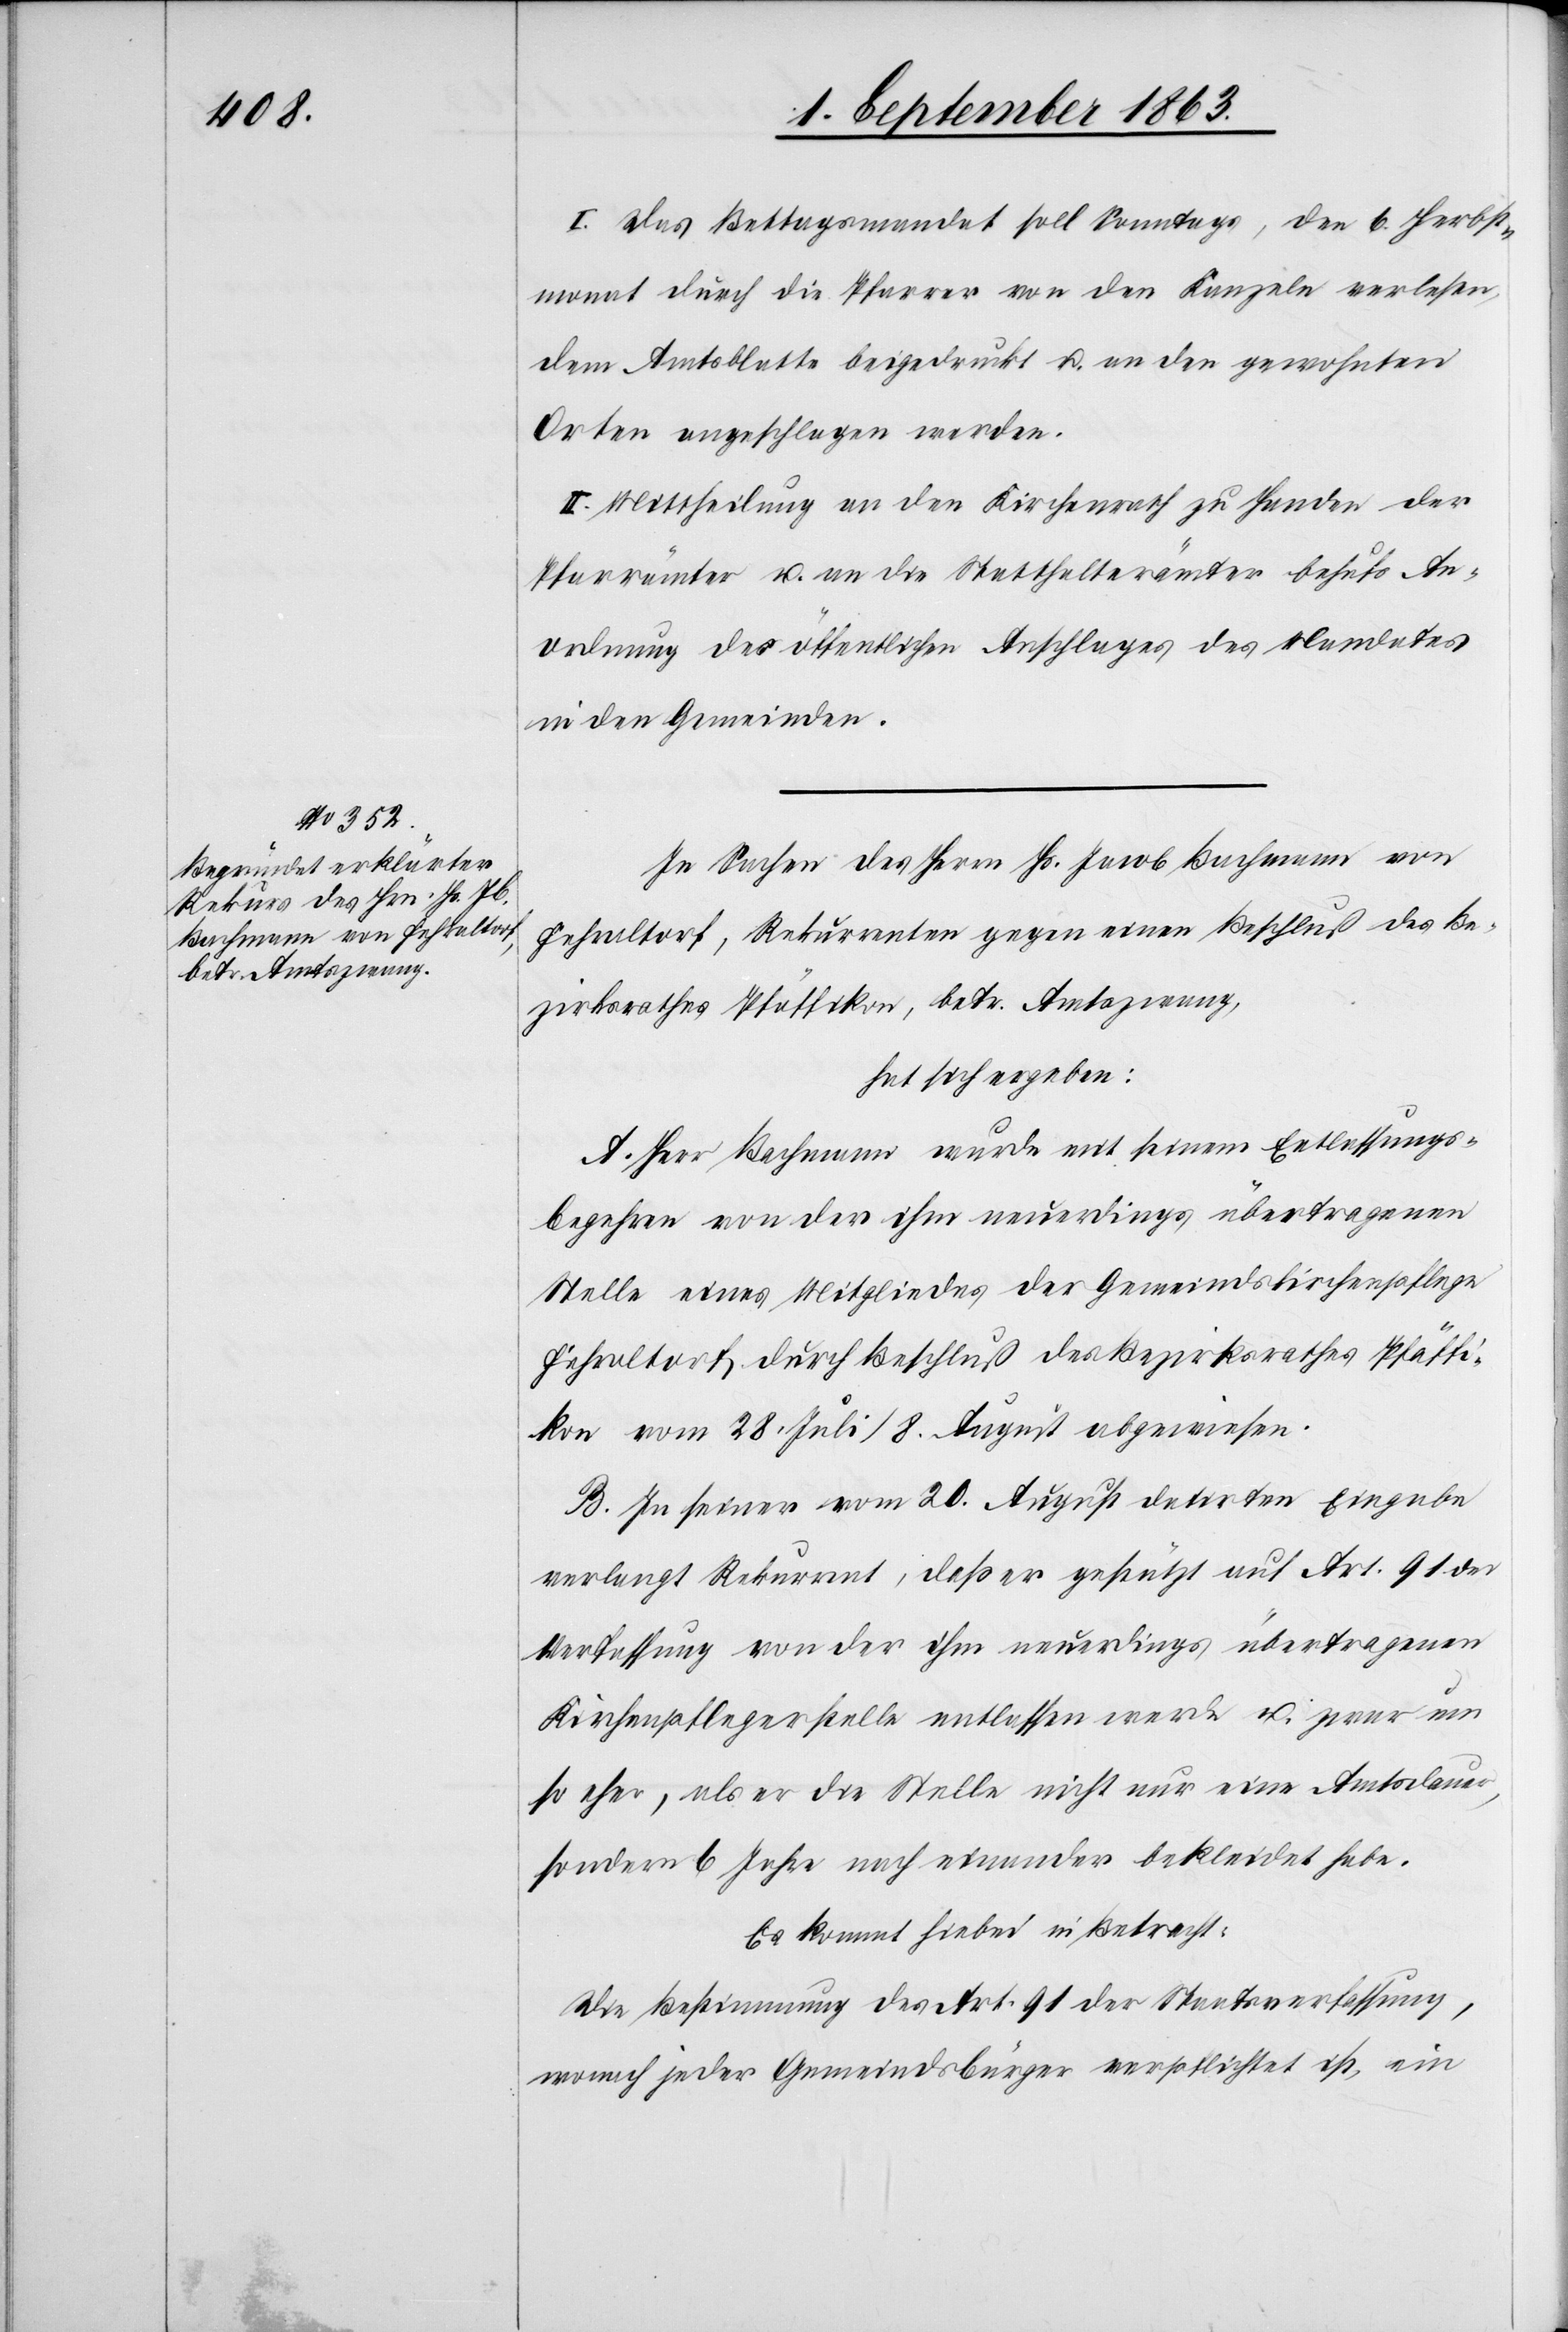
I. Das Bettagsmandat soll Sonntags, den 6. Herbst¬
monat durch die Pfarrer von den Kanzeln verlesen,
dem Amtsblatte beigedruckt u. an den gewohnten
Orten angeschlagen werden.
II. Mittheilung an den Kirchenrath zu Handen der
Pfarrämter u. an die Statthalterämter behufs An¬
ordnung des öffentlichen Anschlages des Mandates
in den Gemeinden.
In Sachen des Herrn Hs. Jacob Bachmann von
Fehraltorf, Rekurrenten gegen einen Beschluß des Be¬
zirksrathes Pfäffikon, betr. Amtszwang,
hat sich ergeben:
A. Herr Bachmann wurde mit seinem Entlassungs¬
begehren von der ihm neuerdings übertragenen
Stelle eines Mitgliedes der Gemeindskirchenpflege
Fehraltorf durch Beschluß des Bezirksrathes Pfäffi¬
kon vom 28. Juli/8. August abgewiesen.
B. In seiner vom 20. August datirten Eingabe
verlangt Rekurrent, daß er gestützt auf Art. 91 der
Verfassung von der ihm neuerdings übertragenen
Kirchenpflegerstelle entlassen werde u. zwar um
so eher, als er die Stelle nicht nur eine Amtsdauer,
sondern 6 Jahre nach einander bekleidet habe.
Es kommt hiebei in Betracht:
Die Bestimmung des Art. 91 der Staatsverfassung,
wonach jeder Gemeindsbürger verpflichtet ist, ein